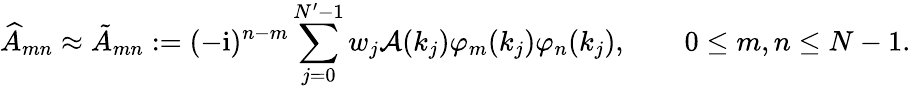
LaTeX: \widehat{A}_{mn}\approx\tilde{A}_{mn}:=(-\mathrm{i})^{n-m}\sum_{j=0}^{N^{\prime}-1}w_{j}\mathcal{A}(k_{j})\varphi_{m}(k_{j})\varphi_{n}(k_{j}),\qquad 0\leq m,n\leq N-1.